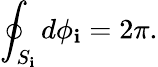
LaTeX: \oint_{S_{\mathbf{i}}}{d\phi_{\mathbf{i}}}=2\pi.